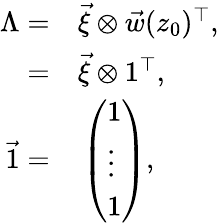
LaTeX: \begin{array}{rl}{\Lambda=}&{{}\vec{\xi}\otimes\vec{w}(z_{0})^{\top},}\\ {=}&{{}\vec{\xi}\otimes 1^{\top},}\\ {\vec{1}=}&{{}\left(\begin{array}{l}{1}\\ {\vdots}\\ {1}\end{array}\right),}\end{array}